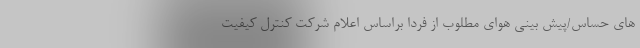
های حساس/پیش بینی هوای مطلوب از فردا براساس اعلام شرکت کنترل کیفیت